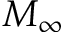
M _ { \infty }